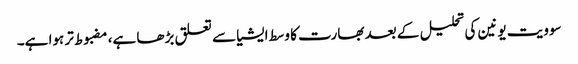
سوویت یونین کی تحلیل کے بعد بھارت کا وسط ایشیا سے تعلق بڑھا ہے، مضبوط تر ہوا ہے۔